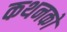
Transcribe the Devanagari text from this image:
कथनकों